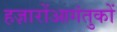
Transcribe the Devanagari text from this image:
हज़ारोंआगंतुकों